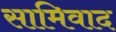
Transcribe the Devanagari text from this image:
सामिवाद